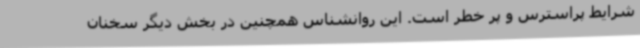
شرایط پراسترس و پر خطر است. این روانشناس همچنین در بخش دیگر سخنان